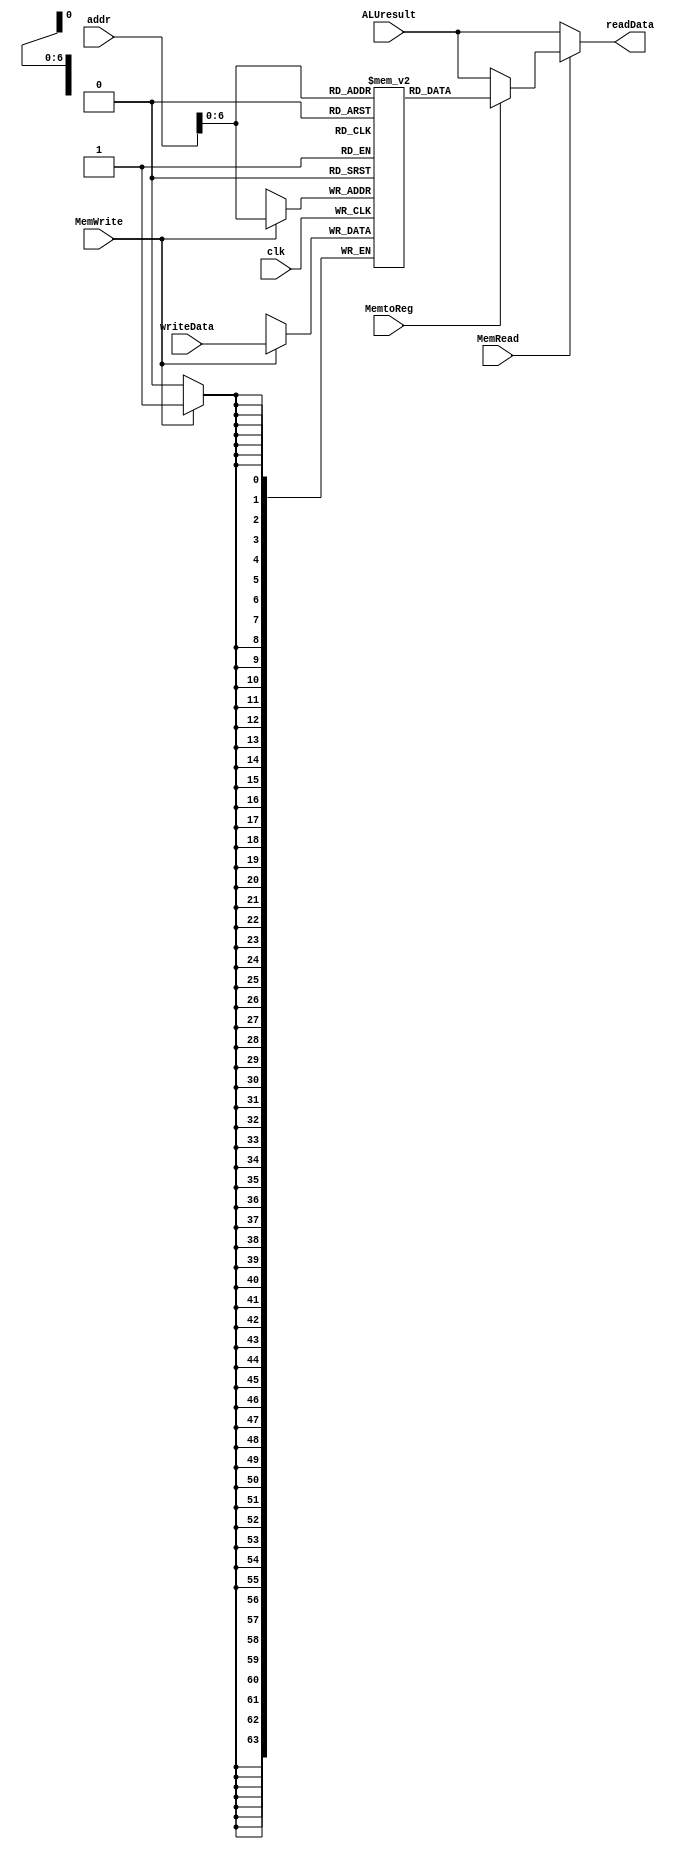
`timescale 1ns / 1ps

module data_memory(
  input clk,
  input MemWrite,
  input MemRead,
  input MemtoReg,
  input [63:0] addr,
  input [63:0] ALUresult,
  input [63:0] writeData,
  output reg [63:0] readData
);

  parameter NONE = 64'b0;
  parameter SIZE = 128;
  reg [63:0] mem [SIZE - 1:0];

  // initially set default data to 0
  integer i;
  initial begin
    for (i = 0; i < SIZE; i = i + 1) begin
      mem[i] = NONE;
    end
  end

  // Write back Data Memory or ALU result
  always @(addr, MemRead, MemtoReg, ALUresult) begin
    if (MemRead == 1) begin
      if (MemtoReg == 1) begin
        readData = mem[addr];
      end else begin
        readData = ALUresult;
      end
    end else begin
      readData = ALUresult;
    end
  end

  // Write memory
  always @(posedge clk) begin
    if (MemWrite == 1) begin
      mem[addr] = writeData;
    end
  end

endmodule